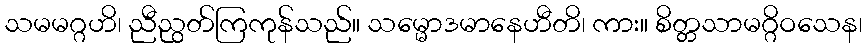
သမမဂ္ဂဟိ၊ ညီညွတ်ကြကုန်သည်။ သမ္မောဒမာနေဟီတိ၊ ကား။ စိတ္တသာမဂ္ဂိဝသေန၊